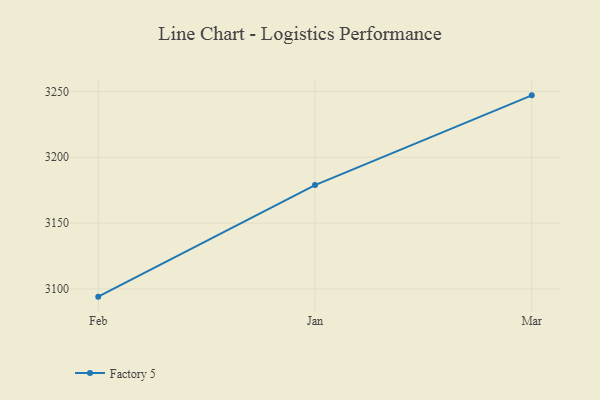
{"axis": {"x": "Month", "y": "Demand Index"}, "legend": ["Factory 5"], "data": [{"x": "Feb", "y": 3094.2, "type": "Factory 5"}, {"x": "Jan", "y": 3178.9, "type": "Factory 5"}, {"x": "Mar", "y": 3247.0, "type": "Factory 5"}]}